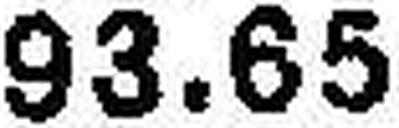
93.65